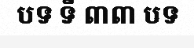
បទ ទី ៣៣ បទ